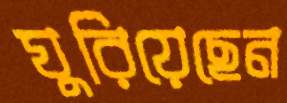
ঘুরিয়েছেন